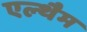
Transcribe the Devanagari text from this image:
एल्थैम